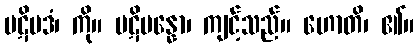
ပဋိပဒံ၊ ကို။ ပဋိပန္နော၊ ကျင့်သည်။ ဟောတိ၊ ၏။